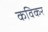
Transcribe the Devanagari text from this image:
कविकर